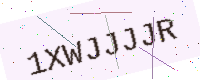
Text: 1XWJJJJR